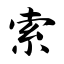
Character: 索